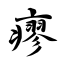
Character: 瘳